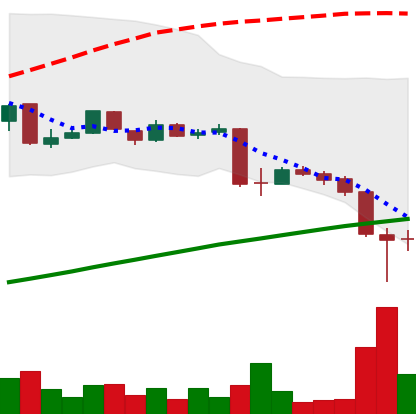
Ticker: LTC-USD
Chart end date: 2015-08-26
Forward return: -3.545%
Label: down_3_5